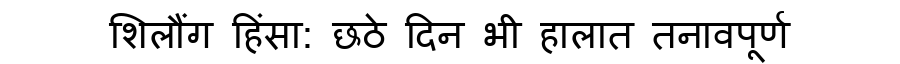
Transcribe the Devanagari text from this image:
शिलौंग हिंसा: छठे दिन भी हालात तनावपूर्ण